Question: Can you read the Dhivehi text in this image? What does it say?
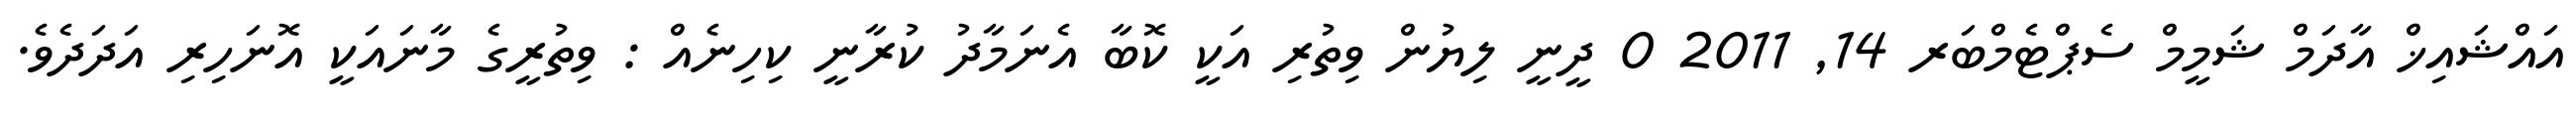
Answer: އައްޝައިޚް އާދަމް ޝަމީމް ސެޕްޓެމްބަރ 14, 2011 0 ދީނީ ލިޔުން ވިތުރި އަކީ ކޮބާ އެނަމާދު ކުރާނީ ކިހިނެއް : ވިތުރީގެ މާނައަކީ އޮނަހިރި އަދަދެވެ.